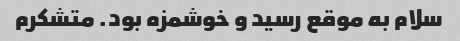
سلام به موقع رسید و خوشمزه بود. متشکرم